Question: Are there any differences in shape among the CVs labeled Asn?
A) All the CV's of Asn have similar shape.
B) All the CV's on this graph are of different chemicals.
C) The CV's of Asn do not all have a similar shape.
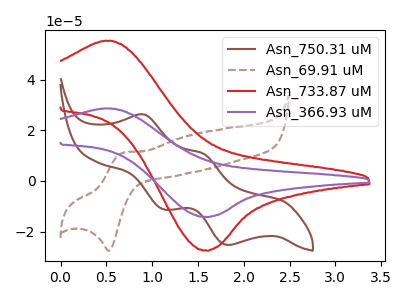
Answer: <think>The brown curve "Asn_750.31 uM" has anodic peaks at (0.90V, 26.20uA) (1.55V, 10.80uA) and cathodic peaks at (1.10V, -11.15uA) (1.85V, -25.25uA). The brown dashed curve "Asn_69.91 uM" has an anodic peak at (0.70V, 11.10uA) and a cathodic peak at (0.55V, -27.55uA). The red curve "Asn_733.87 uM" has an anodic peak at (0.55V, 55.30uA) and a cathodic peak at (1.55V, -27.40uA). The purple curve "Asn_366.93 uM" has an anodic peak at (0.55V, 28.60uA) and a cathodic peak at (1.55V, -14.15uA).
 "Asn_750.31 uM" and "Asn_69.91 uM" have a different number of peaks. "Asn_750.31 uM" and "Asn_733.87 uM" have a different number of peaks. "Asn_750.31 uM" and "Asn_366.93 uM" have a different number of peaks. "Asn_69.91 uM" and "Asn_733.87 uM" have at least one peak that do not match. "Asn_69.91 uM" and "Asn_366.93 uM" have at least one peak that do not match. All the peaks in "Asn_733.87 uM" have a peak in "Asn_366.93 uM" at the same potential. Every peak in "Asn_733.87 uM" is higher than every peak in "Asn_366.93 uM".</think>
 <answer>A) All the CV's of "Asn" have similar shape.</answer>
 <eval>A</eval>